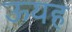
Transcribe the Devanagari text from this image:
ऊयह